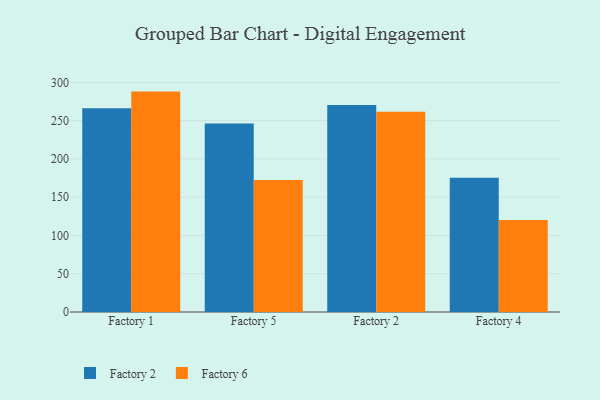
{"axis": {"x": "Factory", "y": "Headcount"}, "legend": ["Factory 2", "Factory 6"], "data": [{"x": "Factory 1", "y": 266.2, "type": "Factory 2"}, {"x": "Factory 1", "y": 287.9, "type": "Factory 6"}, {"x": "Factory 5", "y": 246.1, "type": "Factory 2"}, {"x": "Factory 5", "y": 172.4, "type": "Factory 6"}, {"x": "Factory 2", "y": 270.3, "type": "Factory 2"}, {"x": "Factory 2", "y": 261.7, "type": "Factory 6"}, {"x": "Factory 4", "y": 175.5, "type": "Factory 2"}, {"x": "Factory 4", "y": 120.3, "type": "Factory 6"}]}